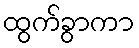
ထွက်ခွာကာ